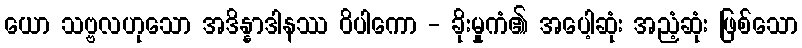
ယော သဗ္ဗလဟုသော အဒိန္နာဒါနဿ ဝိပါကော - ခိုးမှုကံ၏ အပေါ့ဆုံး အညံ့ဆုံး ဖြစ်သော